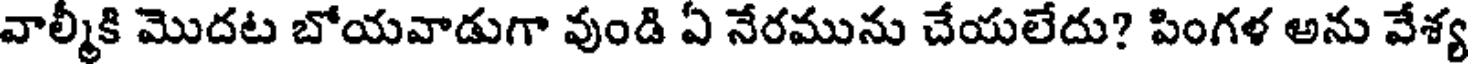
వాల్మీకి మొదట బోయవాడుగా వుండి ఏ నేరమును చేయలేదు? పింగళ అను వేశ్య